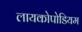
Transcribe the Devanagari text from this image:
लायकोपोडियम